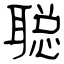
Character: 聪